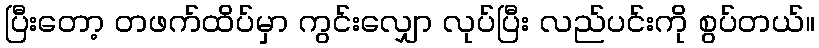
ပြီးတော့ တဖက်ထိပ်မှာ ကွင်းလျှော လုပ်ပြီး လည်ပင်းကို စွပ်တယ်။